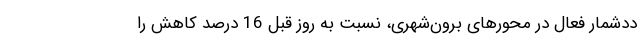
ددشمار فعال در محورهای برون‌شهری، نسبت به روز قبل 16 درصد کاهش را